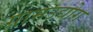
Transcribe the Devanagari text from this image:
ग्रामउद्योग